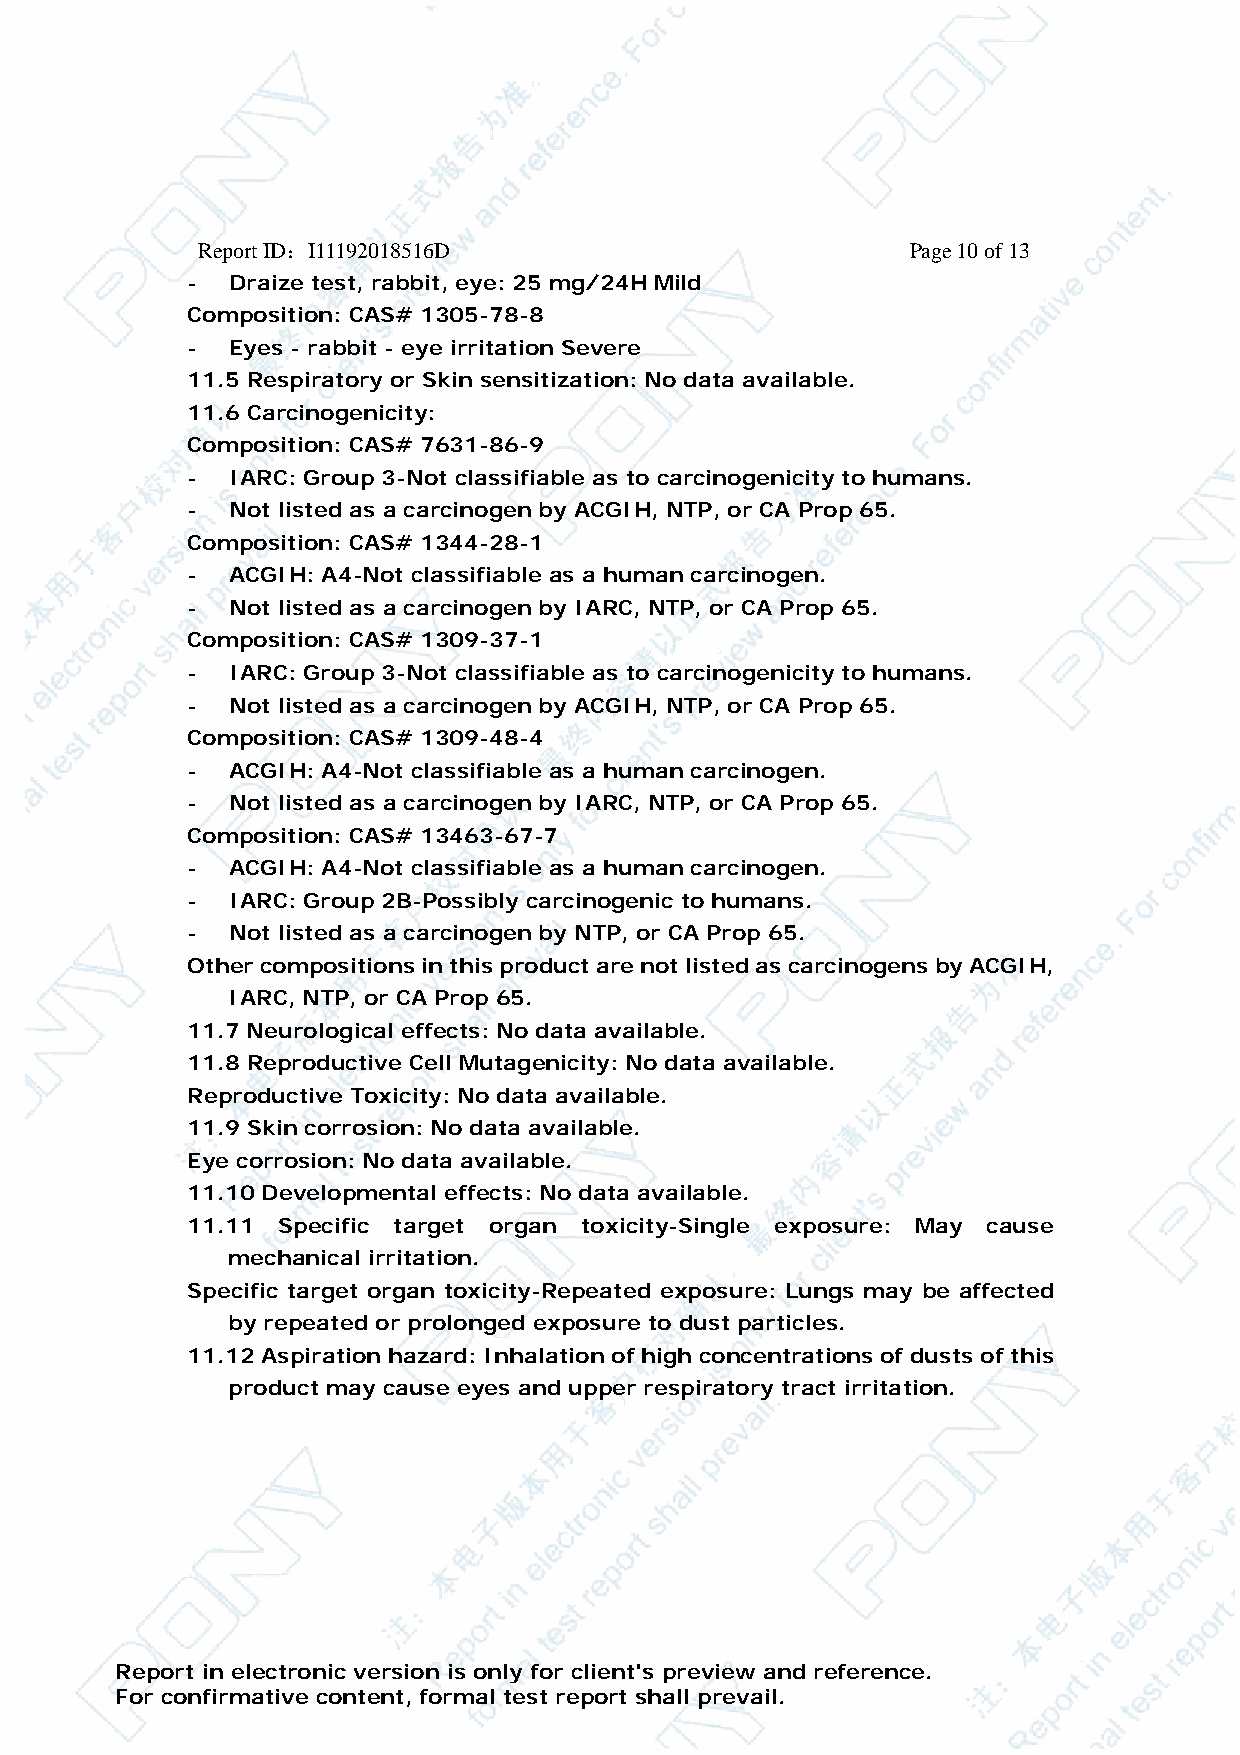
Report ID：I11192018516D                     Page 10 of 13
 -  Draize test, rabbit, eye: 25 mg/24H Mild
 Composition: CAS# 1305-78-8
 -  Eyes - rabbit - eye irritation Severe
 11.5 Respiratory or Skin sensitization: No data available.
 11.6 Carcinogenicity:
 Composition: CAS# 7631-86-9
 -  IARC: Group 3-Not classifiable as to carcinogenicity to humans.
 -  Not listed as a carcinogen by ACGIH, NTP, or CA Prop 65.
 Composition: CAS# 1344-28-1
 -  ACGIH: A4-Not classifiable as a human carcinogen.
 -  Not listed as a carcinogen by IARC, NTP, or CA Prop 65.
 Composition: CAS# 1309-37-1
 -  IARC: Group 3-Not classifiable as to carcinogenicity to humans.
 -  Not listed as a carcinogen by ACGIH, NTP, or CA Prop 65.
 Composition: CAS# 1309-48-4
 -  ACGIH: A4-Not classifiable as a human carcinogen.
 -  Not listed as a carcinogen by IARC, NTP, or CA Prop 65.
 Composition: CAS# 13463-67-7
 -  ACGIH: A4-Not classifiable as a human carcinogen.
 -  IARC: Group 2B-Possibly carcinogenic to humans.
 -  Not listed as a carcinogen by NTP, or CA Prop 65.
 Other compositions in this product are not listed as carcinogens by ACGIH,
 IARC, NTP, or CA Prop 65.
 11.7 Neurological effects: No data available.
 11.8 Reproductive Cell Mutagenicity: No data available.
 Reproductive Toxicity: No data available.
 11.9 Skin corrosion: No data available.
 Eye corrosion: No data available.
 11.10 Developmental effects: No data available.
 11.11 Specific target organ toxicity-Single exposure: May cause
 mechanical irritation.
 Specific target organ toxicity-Repeated exposure: Lungs may be affected
 by repeated or prolonged exposure to dust particles.
 11.12 Aspiration hazard: Inhalation of high concentrations of dusts of this
 product may cause eyes and upper respiratory tract irritation.
 Report in electronic version is only for client's preview and reference.
 For confirmative content, formal test report shall prevail.